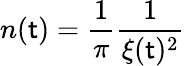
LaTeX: n(\mathsf{t})=\frac{{1}}{{\pi}}\frac{{1}}{{\xi(\mathsf{t})^{2}}}